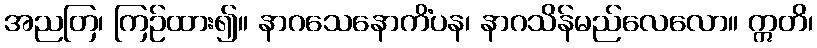
အညတြ၊ ကြဉ်ထား၍။ နာဂသေနောကိံပန၊ နာဂသိန်မည်လေလော။ ဣတိ၊